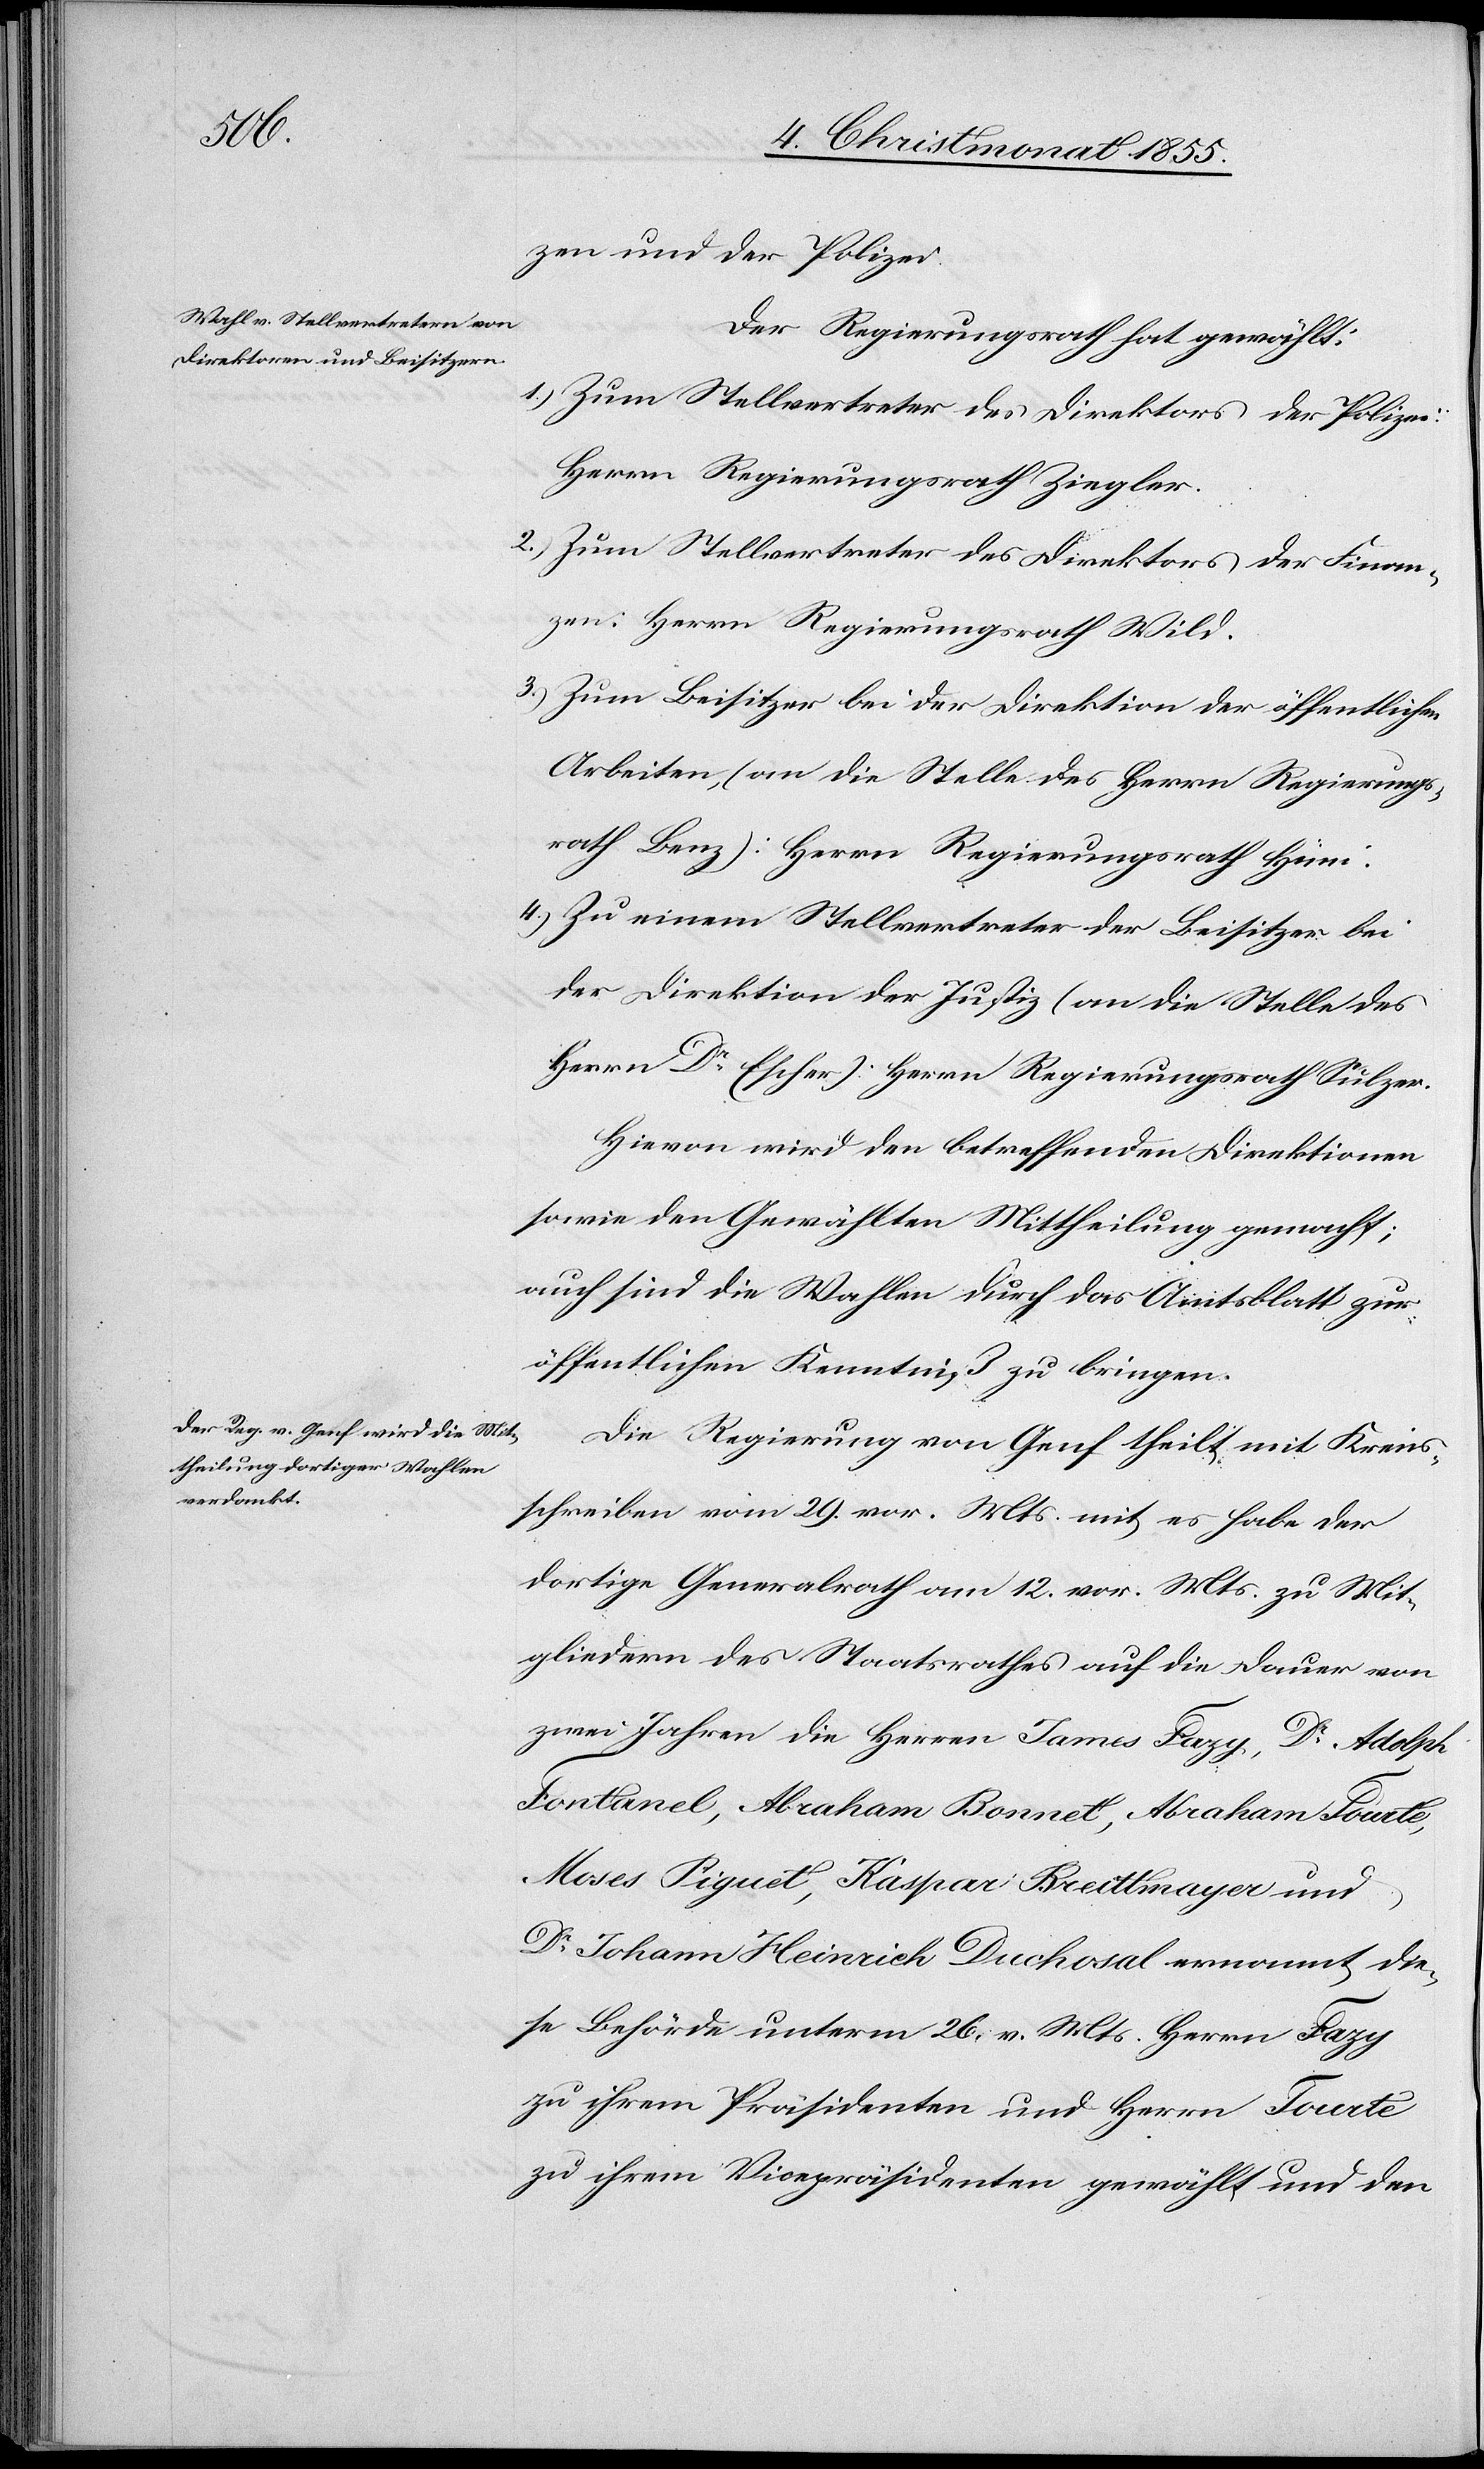
zen und der Polizei.
Der Regierungsrath hat gewählt:
Zum Stellvertreter des Direktors der Polizei:
Herrn Regierungsrath Ziegler.
Zum Stellvertreter des Direktors der Finan¬
zen: Herrn Regierungsrath Wild.
Zum Beisitzer bei der Direktion der öffentlichen
Arbeiten, (an die Stelle des Herrn Regierungs¬
rath Benz): Herrn Regierungsrath Hüni.
Zu einem Stellvertreter der Beisitzer bei
der Direktion der Justiz (an die Stelle des
Herrn Dr Escher): Herrn Regierungsrath Sulzer.
Hievon wird den betreffenden Direktionen
sowie den Gewählten Mittheilung gemacht;
auch sind die Wahlen durch das Amtsblatt zur
öffentlichen Kenntniß zu bringen.
Die Regierung von Genf theilt mit Kreis¬
schreiben vom 29. vor. Mts. mit, es habe der
dortige Generalrath am 12. vor. Mts. zu Mit¬
gliedern des Staatsrathes auf die Dauer von
zwei Jahren die Herren James Fazy, Dr Adolph
Fontanel, Abraham Bonnet, Abraham Tourte,
Moses Piguet, Kaspar Breittmayer und
Dr Johann Heinrich Duchosal ernannt, die¬
se Behörde unterm 26. v. Mts. Herrn Fazy
zu ihrem Präsidenten und Herrn Tourte
zu ihrem Vicepräsidenten gewählt und den